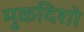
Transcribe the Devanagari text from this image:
मुकदिशो